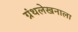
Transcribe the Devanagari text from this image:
ग्रंथलेखनाला